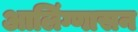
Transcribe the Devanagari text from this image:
आलिंग्णासन